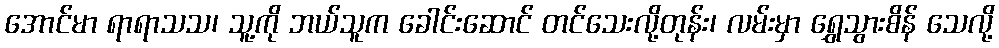
အောင်မာ ရာရာသသ၊ သူ့ကို ဘယ်သူက ခေါင်းဆောင် တင်သေးလို့တုန်း၊ လမ်းမှာ ရွှေသွားစိန် သေလို့